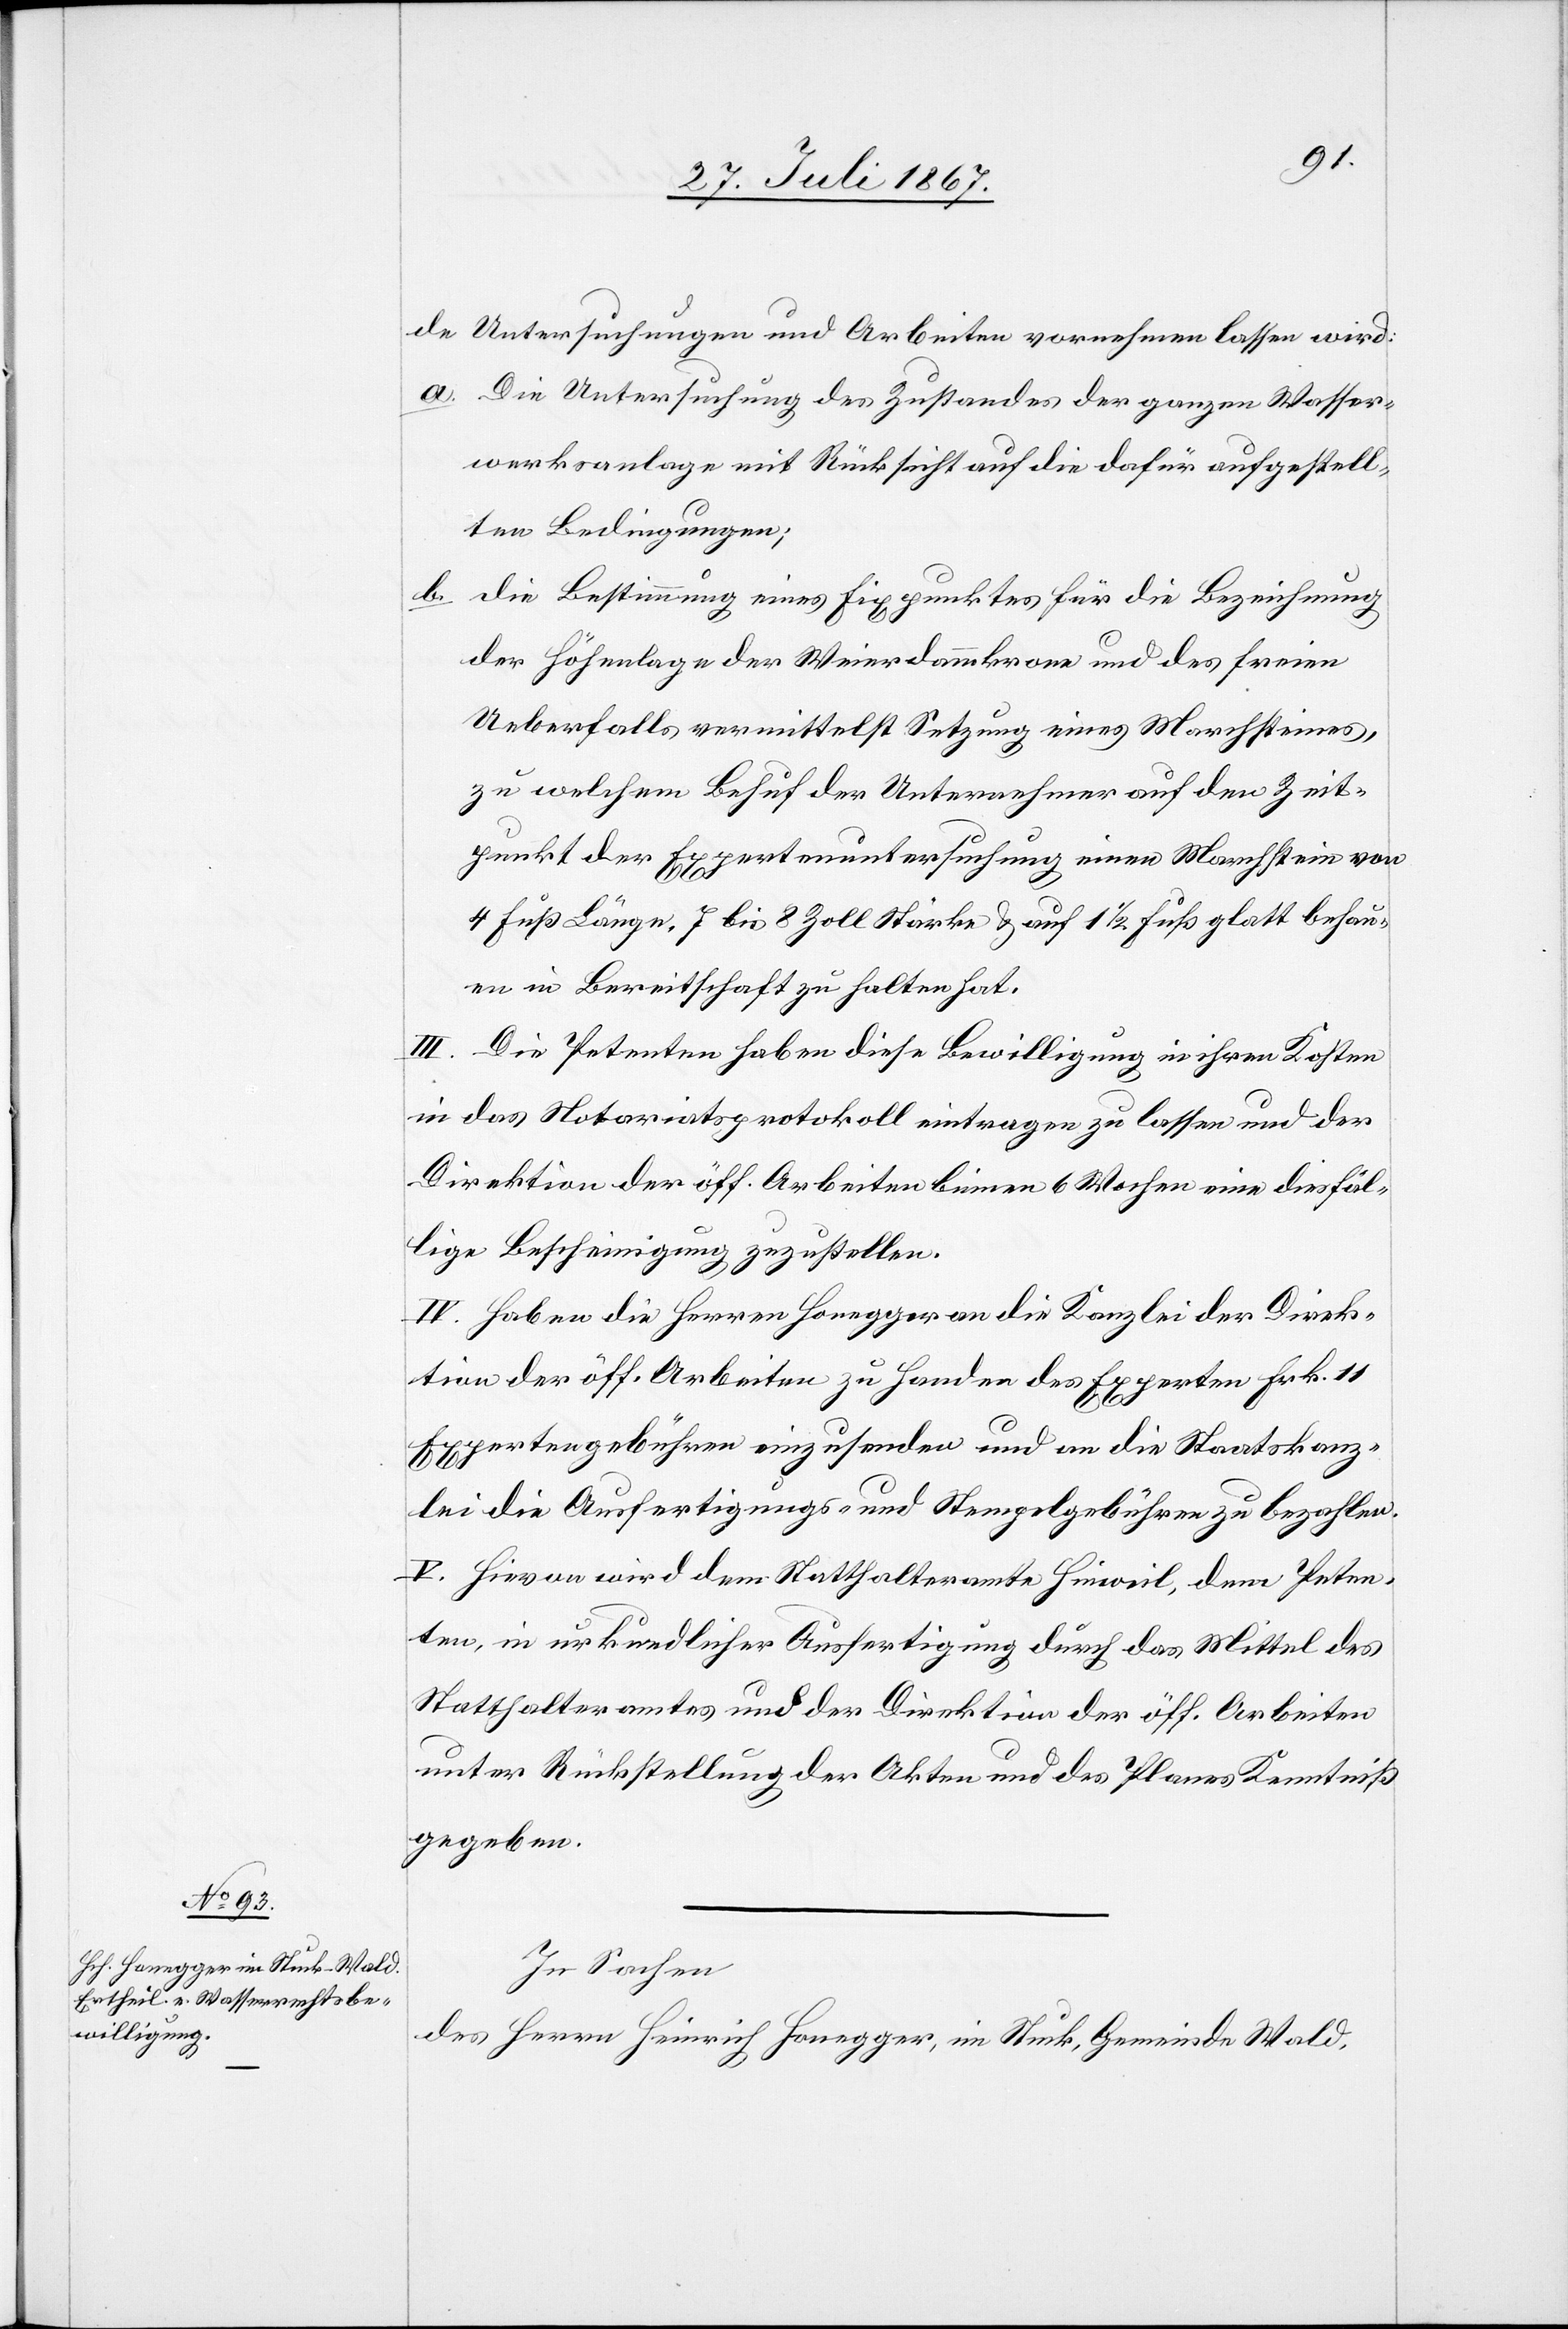
de Untersuchungen und Arbeiten vornehmen lassen wird:
a. Die Untersuchung des Zustandes der ganzen Wasser¬
werksanlage mit Rücksicht auf die dafür aufgestell¬
ten Bedingungen;
b. die Bestimmung eines Fixpunktes für die Bezeichnung
der Höhenlage der Weierdammkrone und des freien
Ueberfalls vermittelst Setzung eines Marchsteines,
zu welchem Behufe der Unternehmer auf den Zeit¬
punkt der Expertenuntersuchung einen Marchstein von
4 Fuß Länge, 7 bis 9 Zoll Stärke u. auf 1 1/2 Fuß glatt behau¬
en in Bereitschaft zu halten hat.
III. Die Petenten haben diese Bewilligung in ihren Kosten
in das Notariatsprotokoll eintragen zu lassen und der
Direktion der öff. Arbeiten binnen 6 Wochen eine diesfäl¬
lige Bescheinigung zuzustellen.
IV. Haben die Herren Honegger an die Kanzlei der Direk¬
tion der öff. Arbeiten zu Handen des Experten Frk. 11
Expertengebühren einzusenden und an die Staatskanz¬
lei die Ausfertigungs- und Stempelgebühren zu bezahlen.
V. Hievon wird dem Statthalteramte Hinweil, dem Petenten
[sic!], in urkundlicher Ausfertigung durch das Mittel des
Statthalteramtes und der Direktion der öff. Arbeiten
unter Rückstellung der Akten und des Planes Kenntniß
zu geben.
In Sachen
des Herrn Heinrich Honegger, im Stuck, Gemeinde Wald,